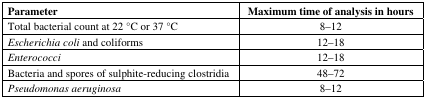
<table><thead><tr><td><b>Parameter</b></td><td><b>Maximum time of analysis in hours</b></td></tr></thead><tbody><tr><td>Total bacterial count at 22 °C or 37 °C</td><td>8–12</td></tr><tr><td><i>Escherichia coli</i> and coliforms</td><td>12–18</td></tr><tr><td><i>Enterococci</i></td><td>12–18</td></tr><tr><td>Bacteria and spores of sulphite-reducing clostridia</td><td>48–72</td></tr><tr><td><i>Pseudomonas aeruginosa</i></td><td>8–12</td></tr></tbody></table>